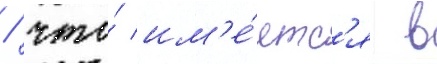
/ что́ им'е́етс'я в